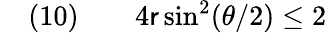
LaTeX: \quad(10)\qquad4\mathsf{r}\sin^{2}(\theta/2)\leq2